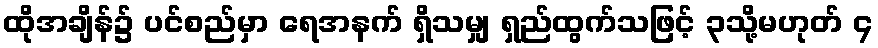
ထိုအချိန်၌ ပင်စည်မှာ ရေအနက် ရှိသမျှ ရှည်ထွက်သဖြင့် ၃သို့မဟုတ် ၄